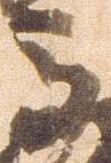
馬